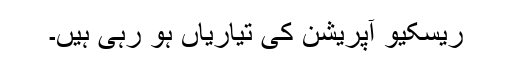
ریسکیو آپریشن کی تیاریاں ہو رہی ہیں۔